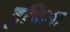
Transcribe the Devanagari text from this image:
टुफिना